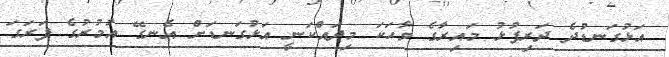
އަޅުގަނޑުދެ ދަރިފުޅު މައިރާގެ ވާހަކަ މިދައްކަނީ އަޅުގަނޑަށް އެނގޭ އުމުރުގެ ފަރަގަ